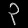
Digit: ၃